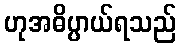
ဟုအဓိပ္ပာယ်ရသည်